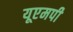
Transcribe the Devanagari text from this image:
यूएमपी